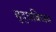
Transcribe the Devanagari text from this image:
बुद्धविजय